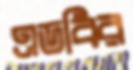
এডবির